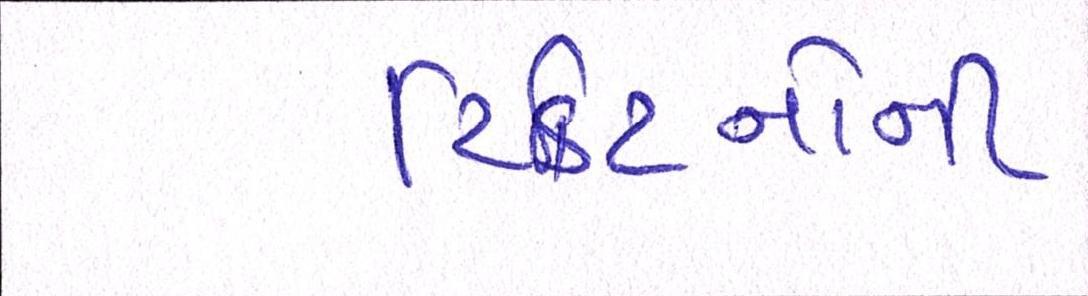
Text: ટિકિટનોની